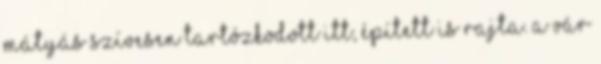
Mátyás szívesen tartózkodott itt, épített is rajta. A vár